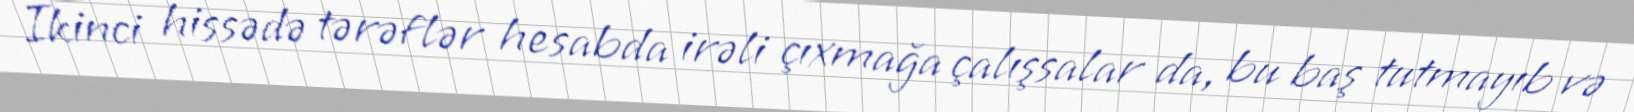
İkinci hissədə tərəflər hesabda irəli çıxmağa çalışsalar da, bu baş tutmayıb və